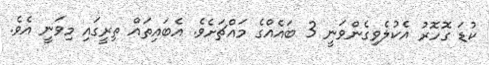
ކުޑަ ގޮހޮރު އެކުލެވިގެންވަނީ 3 ބައެއްގެ މައްޗަށެވެ. އެބައިތައް ތިރީގައި މިވަނީ އެވެ.